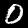
Label: 0